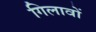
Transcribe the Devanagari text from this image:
गिलावों